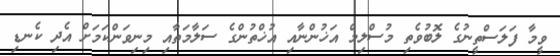
ވީމާ ފަލަސްތީނުގެ ލޮބުވެތި މުސްލިމް އަޚުންނާއި އުޚްތުންގެ ސަލާމަތާއި މިނިވަންކަމަށް އެދި ކެނޑި